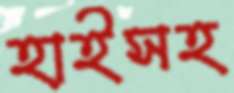
হাইসহ